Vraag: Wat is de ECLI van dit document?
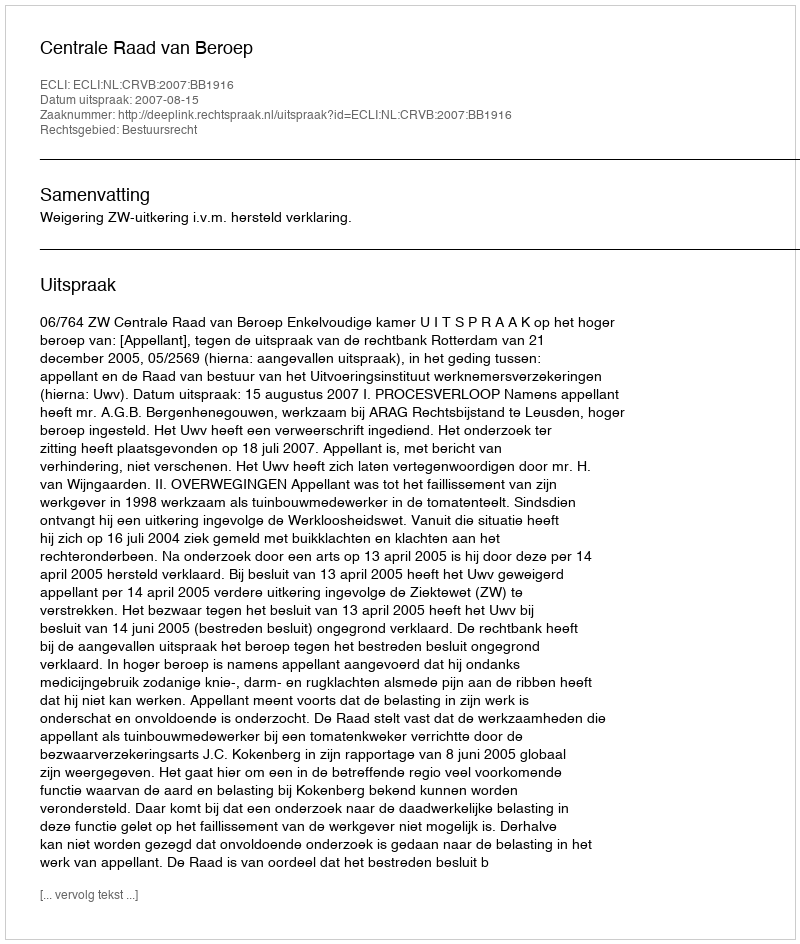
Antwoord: ECLI:NL:CRVB:2007:BB1916